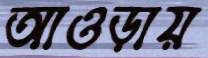
আওড়ায়